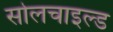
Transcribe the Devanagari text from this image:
सोलचाइल्ड